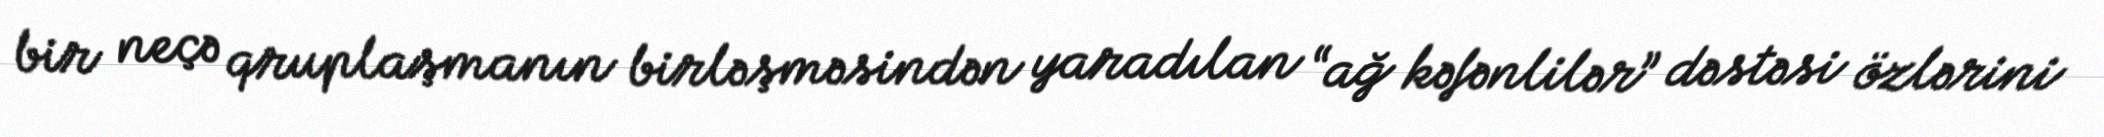
bir neçə qruplaşmanın birləşməsindən yaradılan “ağ kəfənlilər” dəstəsi özlərini